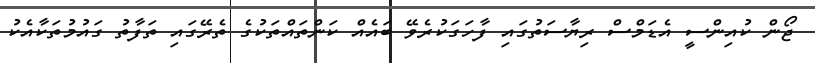
ޖޯން ކުއިންސީ އެޑަމްސް ރިޔާސަތުގައި ފާހަގަކުރެވޭ ބައެއް ކަންތައްތަކުގެ ތެރޭގައި ތަފާތު ގައުމުތަކާއެކު